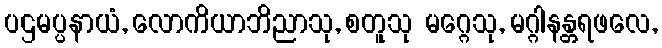
ပဌမပ္ပနာယံ, လောကိယာဘိညာသု, စတူသု မဂ္ဂေသု, မဂ္ဂါနန္တရဖလေ,